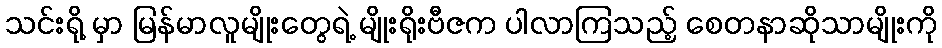
သင်းရို့ မှာ မြန်မာလူမျိုးတွေရဲ့ မျိုးရိုးဗီဇက ပါလာကြသည့် စေတနာဆိုသာမျိုးကို